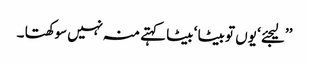
’’لیجئے ‘ یوں تو بیٹا ‘ بیٹا کہتے منہ نہیں سوکھتا ۔